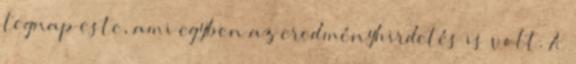
tegnap este, ami egyben az eredményhirdetés is volt. A